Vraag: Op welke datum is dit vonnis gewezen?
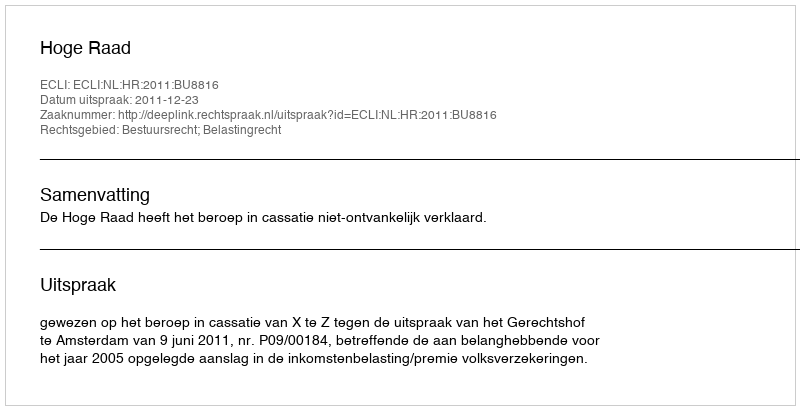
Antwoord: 2011-12-23